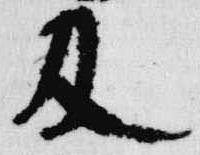
及